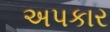
અપકાર